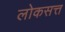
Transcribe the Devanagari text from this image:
लोकसत्त